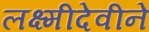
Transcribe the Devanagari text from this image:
लक्ष्मीदेवीने